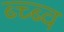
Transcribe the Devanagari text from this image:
ब्च्ब्व